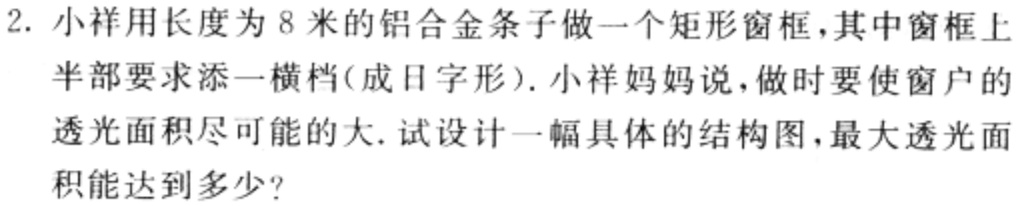
2. 小祥用长度为8米的铝合金条子做一个矩形窗框，其中窗框上半部要求添一横档(成日字形). 小祥妈妈说，做时要使窗户的透光面积尽可能的大. 试设计一幅具体的结构图，最大透光面积能达到多少?